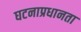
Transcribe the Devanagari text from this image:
घटनाप्रधानता